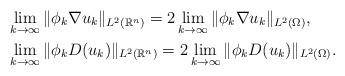
LaTeX: \begin{align*}& \lim_{k\to\infty} \|\phi_k \nabla u_k\|_{L^2(\mathbb{R}^n)}= 2 \lim_{k\to\infty}\|\phi_k \nabla u_k\|_{L^2(\Omega)},\\& \lim_{k\to\infty} \|\phi_k D(u_k)\|_{L^2(\mathbb{R}^n)}= 2 \lim_{k\to\infty}\|\phi_k D(u_k)\|_{L^2(\Omega)}.\end{align*}